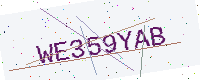
Text: WE359YAB